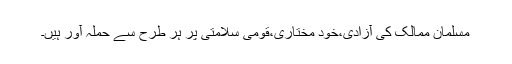
مسلمان ممالک کی آزادی،خود مختاری،قومی سلامتی پر ہر طرح سے حملہ آور ہیں۔